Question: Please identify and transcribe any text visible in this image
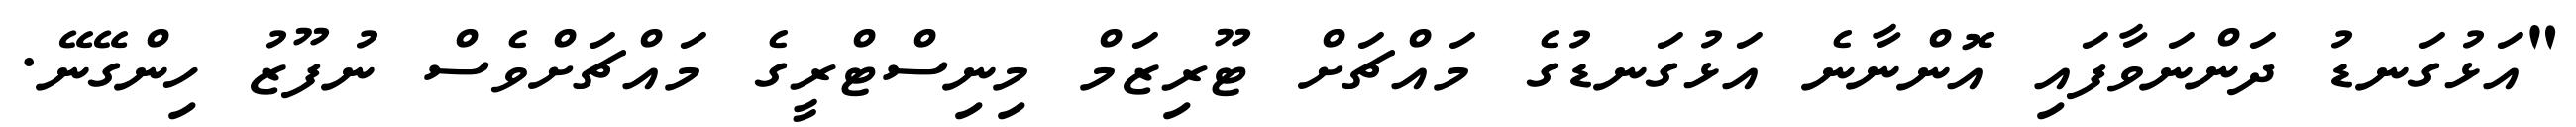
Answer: "އަޅުގަނޑު ދަންނަވާފައި އޮންނާނެ އަޅުގަނޑުގެ މައްޗަށް ޓޫރިޒަމް މިނިސްޓްރީގެ މައްޗަށްވެސް ނުފޫޒު ހިންގޭނޭ.